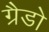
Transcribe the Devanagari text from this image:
ग्रैडो